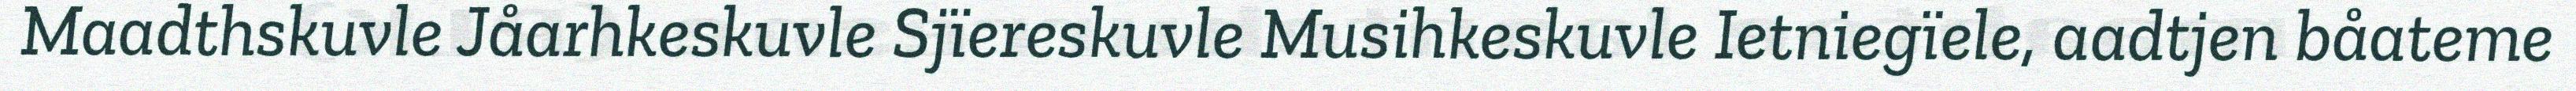
Maadthskuvle Jåarhkeskuvle Sjïereskuvle Musihkeskuvle Ietniegïele, aadtjen båateme